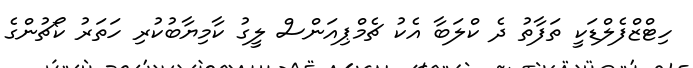
ހިޓްޒްފެލްޑަކީ ތަފާތު ދެ ކްލަބާ އެކު ޗެމްޕިއަންސް ލީގު ކާމިޔާބުކުރި ހަތަރު ކޯޗުންގެ